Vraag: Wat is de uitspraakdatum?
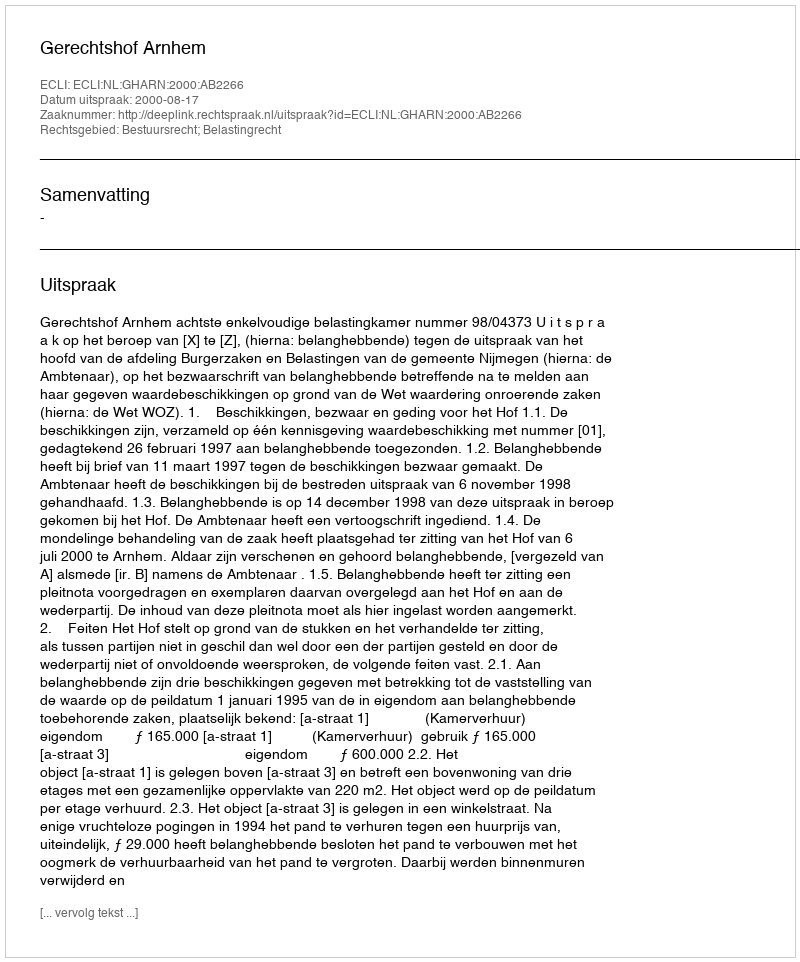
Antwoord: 2000-08-17